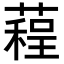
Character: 𦻓